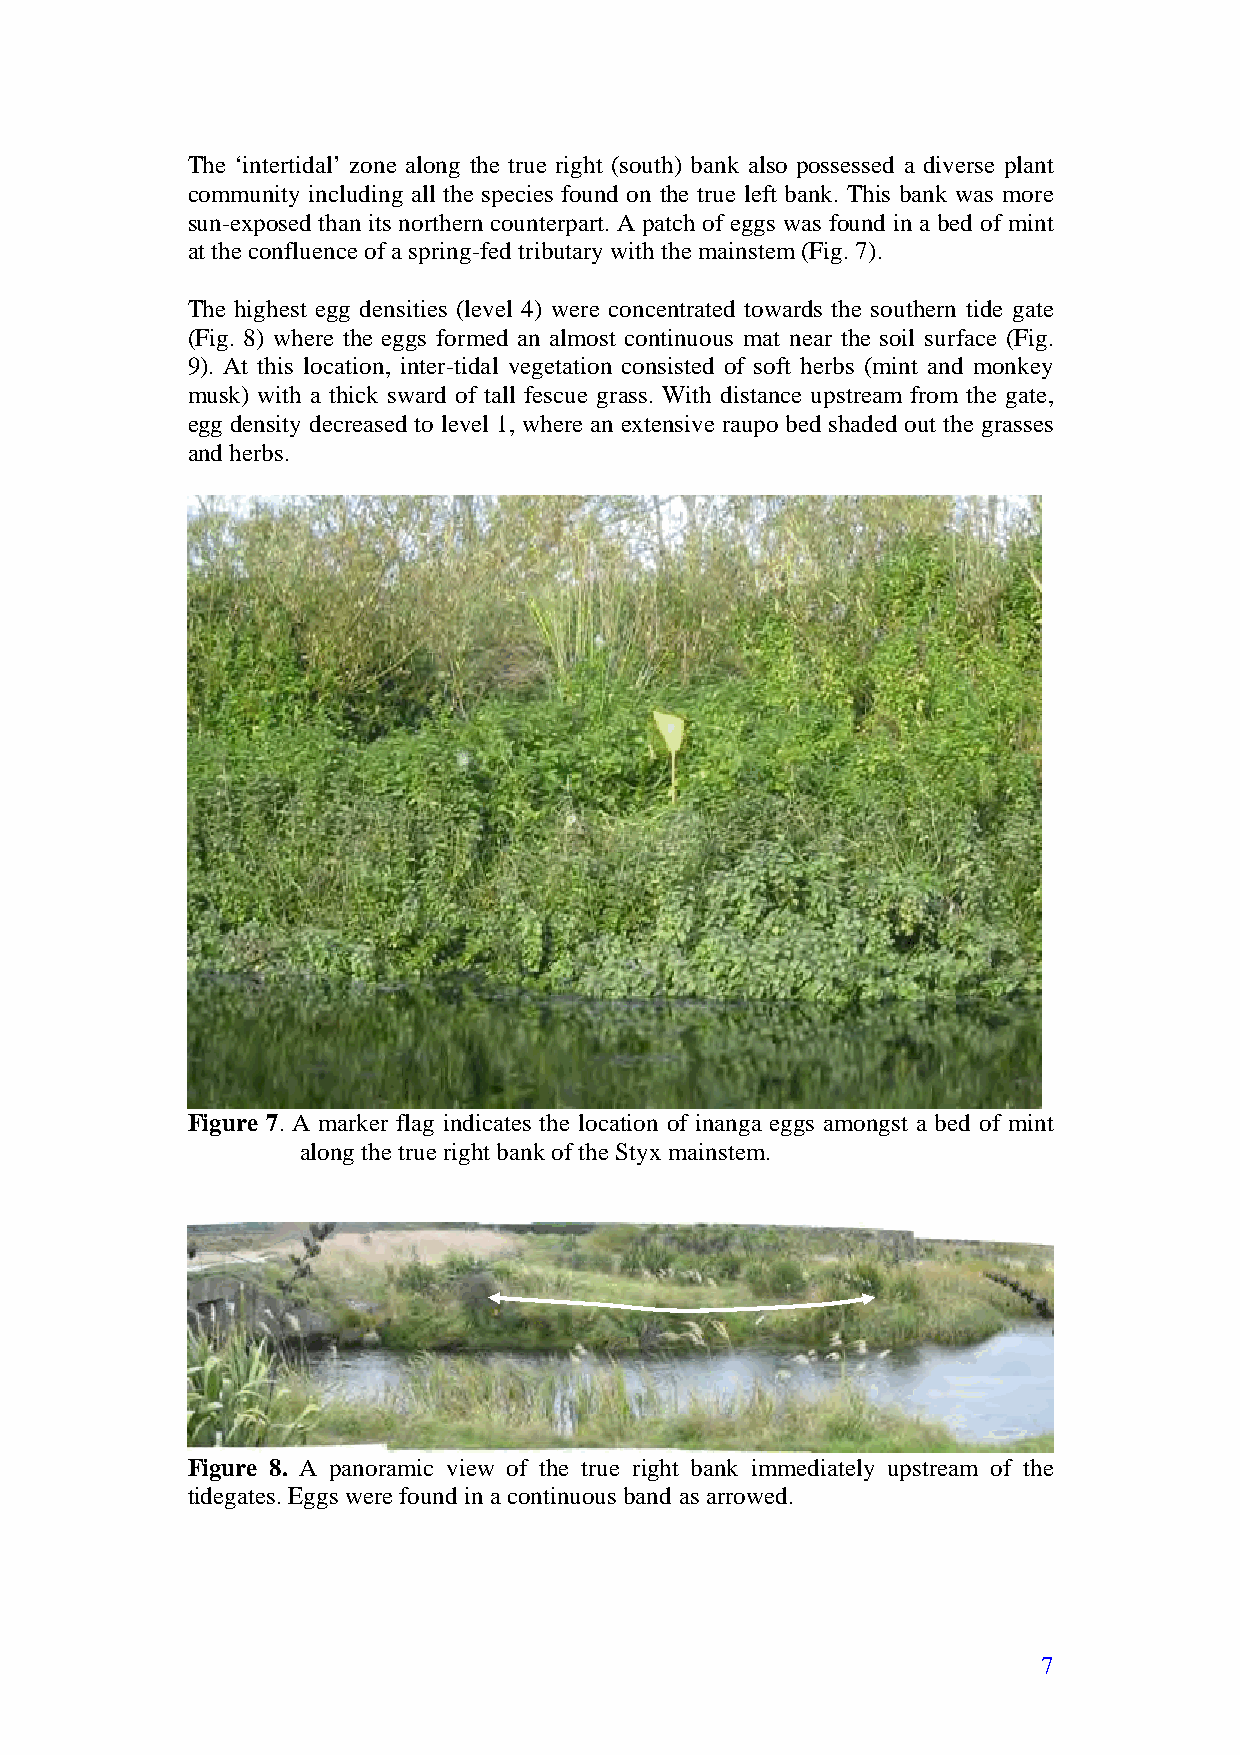
The ‘intertidal’ zone along the true right (south) bank also possessed a diverse plant
 community including all the species found on the true left bank. This bank was more
 sun-exposed than its northern counterpart. A patch of eggs was found in a bed of mint
 at the confluence of a spring-fed tributary with the mainstem (Fig. 7).
 The highest egg densities (level 4) were concentrated towards the southern tide gate
 (Fig. 8) where the eggs formed an almost continuous mat near the soil surface (Fig.
 9). At this location, inter-tidal vegetation consisted of soft herbs (mint and monkey
 musk) with a thick sward of tall fescue grass. With distance upstream from the gate,
 egg density decreased to level 1, where an extensive raupo bed shaded out the grasses
 and herbs.
 Figure 7. A marker flag indicates the location of inanga eggs amongst a bed of mint
 along the true right bank of the Styx mainstem.
 Figure 8. A panoramic view of the true right bank immediately upstream of the
 tidegates. Eggs were found in a continuous band as arrowed.
 7